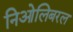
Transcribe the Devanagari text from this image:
निओलिबरल